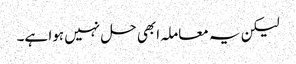
لیکن یہ معاملہ ابھی حل نہیں ہوا ہے۔